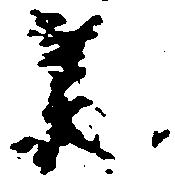
承